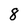
Character: 8